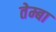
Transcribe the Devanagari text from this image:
तेम्बा